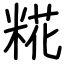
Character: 糀